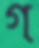
গ্